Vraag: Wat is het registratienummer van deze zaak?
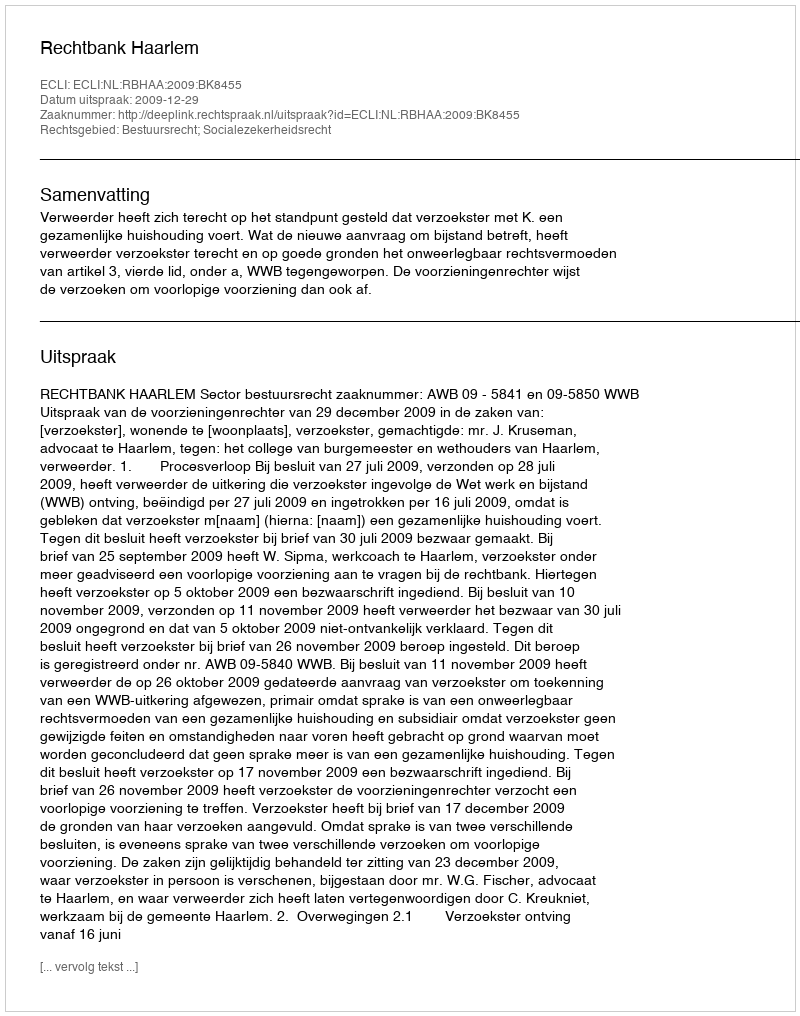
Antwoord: http://deeplink.rechtspraak.nl/uitspraak?id=ECLI:NL:RBHAA:2009:BK8455